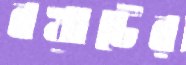
বখাটের